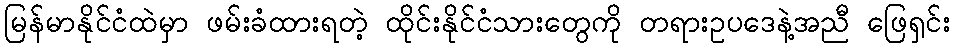
မြန်မာနိုင်ငံထဲမှာ ဖမ်းခံထားရတဲ့ ထိုင်းနိုင်ငံသားတွေကို တရားဥပဒေနဲ့အညီ ဖြေရှင်း